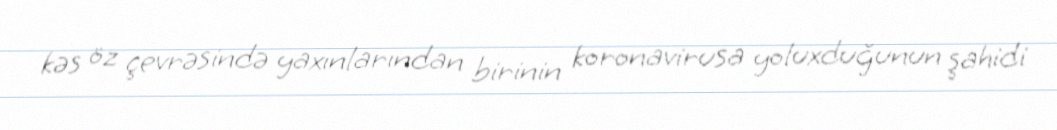
kəs öz çevrəsində yaxınlarından birinin koronavirusa yoluxduğunun şahidi